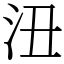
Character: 沑